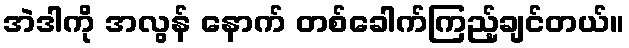
အဲဒါကို အလွန် နောက် တစ်ခေါက်ကြည့်ချင်တယ်။